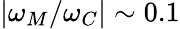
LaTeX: |\omega_{M}/\omega_{C}|\sim 0.1